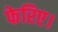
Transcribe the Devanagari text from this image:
फेरिए।